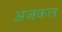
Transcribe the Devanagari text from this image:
अजकल